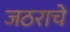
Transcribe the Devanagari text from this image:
जठराचे